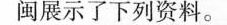
闽展示了下列资料。